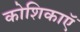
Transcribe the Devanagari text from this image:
कोशिकाऍं